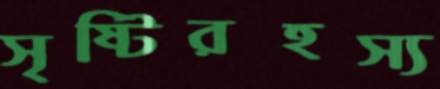
সৃষ্টিরহস্য